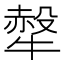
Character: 𤛖